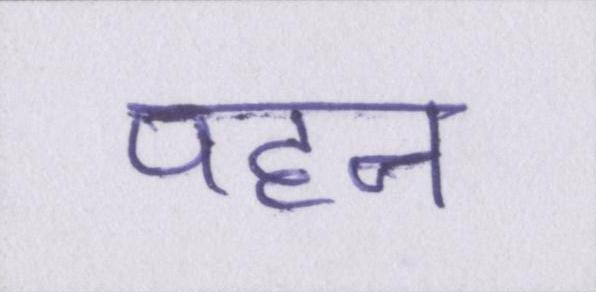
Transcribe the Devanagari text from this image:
पहन